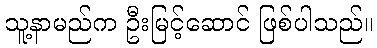
သူ့နာမည်က ဦးမြင့်ဆောင် ဖြစ်ပါသည်။